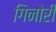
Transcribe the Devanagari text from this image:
गिनोरी